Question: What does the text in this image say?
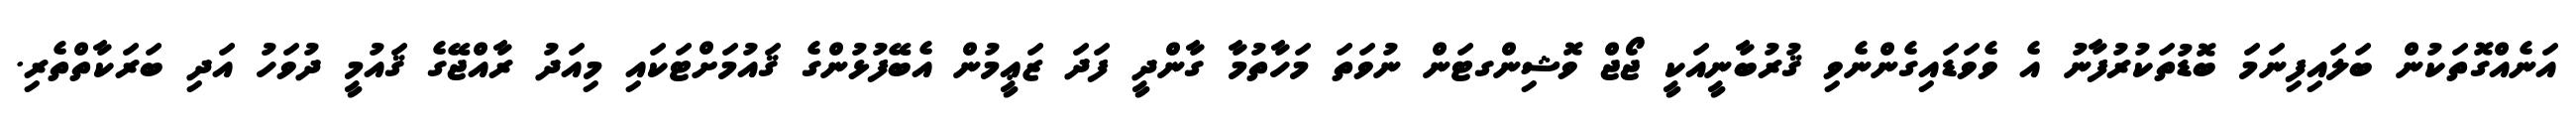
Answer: އަނެއްގޮތަކުން ބަލައިފިނަމަ ބޮޑުތަކުރުފާނު އެ ވެވަޑައިގެންނެވި ޤުރުބާނީއަކީ ޖޯޖް ވޮޝިންގޓަން ނުވަތަ މަހާތުމާ ގާންދީ ފަދަ ޒަޢީމުން އެބޭފުޅުންގެ ޤައުމަށްޓަކައި މިއަދު ރާއްޖޭގެ ޤައުމީ ދުވަހު އަދި ބަރަކާތްތެރި.